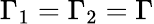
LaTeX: \Gamma_{1}=\Gamma_{2}=\Gamma